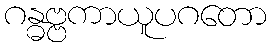
ဂန္ဓဗ္ဗကာယူပဂတော